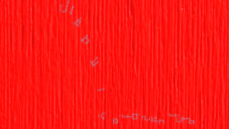
مركز علاج طبيعي للأطفال: